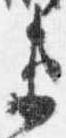
衛